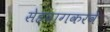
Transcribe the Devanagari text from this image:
सेहवागकरवे